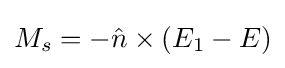
M_{s}=-{\hat {n}}\times (E_{1}-E)